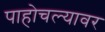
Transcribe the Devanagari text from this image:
पाहोचल्यावर